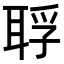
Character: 𦖀